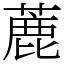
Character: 蔍